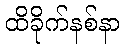
ထိခိုက်နစ်နာ